Civil Veterinary Dept. Bombay admin report 1932-41 - 1932-1941
Year: 1932
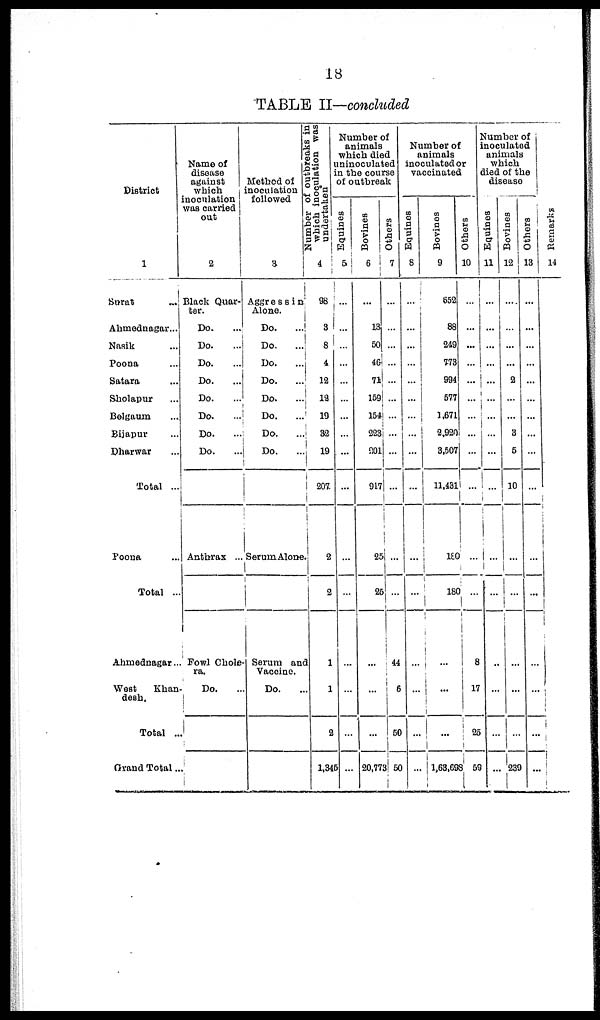
18
TABLE II—concluded
District
1
Surat ...
Ahmednagar...
Nasik ...
Poona ...
Satara ...
Sholapur ...
Belgaum ...
Bijapur ...
Dharwar ...
Total ...
Poona ...
Total ...
Ahmednagar ...
West
Khan
desh.
Total ...
Grand Total ...
Name of
disease
against
which
inoculation
was carried
out
2
Black Quar-
ter.
Do. ...
Do. …
Do. …
Do. …
Do. …
Do. …
Do. ...
Do. …
Anthrax ...
Fowl Chole-
ra.
Do. ...
Method of
inoculation
followed
Number of outbreaks in
which inoculation was
undertaken
3.
Aggressin
Alone.
Do.
...
Do.
...
Do. …
Do.
...
Do. ...
Do.
...
Do.
...
Do. ...
SeruraAlone.
Serum and
Vaccine.
Do.
4
98
3
8
4
12
12
19
32
19
207
2
2
1
1
2
1,345
Number of
animals
which died
uninoculated
in the course
of outbreak
Equines
5
...
…
…
…
…
…
…
…
…
…
…
…
…
…
…
…
Bovines
6
...
13
50
46
71
159
154
223
301
917
25
25
…
…
…
20,77
Others
7
...
…
…
…
…
…
...
…
…
…
…
...
44
6
50
50
Number of
animals
inoculated or
vaccinated
Equines
8
...
…
…
…
…
…
…
…
…
…
…
…
…
…
…
…
Bovines
9
652
88
249
773
994
577
1,671
2,920
3,507
11,431
1EC
180
…
…
...
1,63,698
Others
10
...
…
...
...
...
…
…
...
…
…
...
...
8
17
25
59
Number of
inoculated
animals
which
died of the
disease
Equines
11
...
…
…
…
…
…
…
…
…
…
...
…
…
…
…
…
Bovines
12
...
…
…
...
2
…
…
3
5
10
...
...
…
…
...
239
Others
13
...
...
…
…
…
…
…
…
…
…
…
...
…
…
…
…
Remarks
14